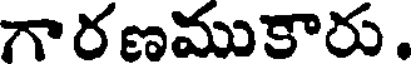
గారణముకారు.